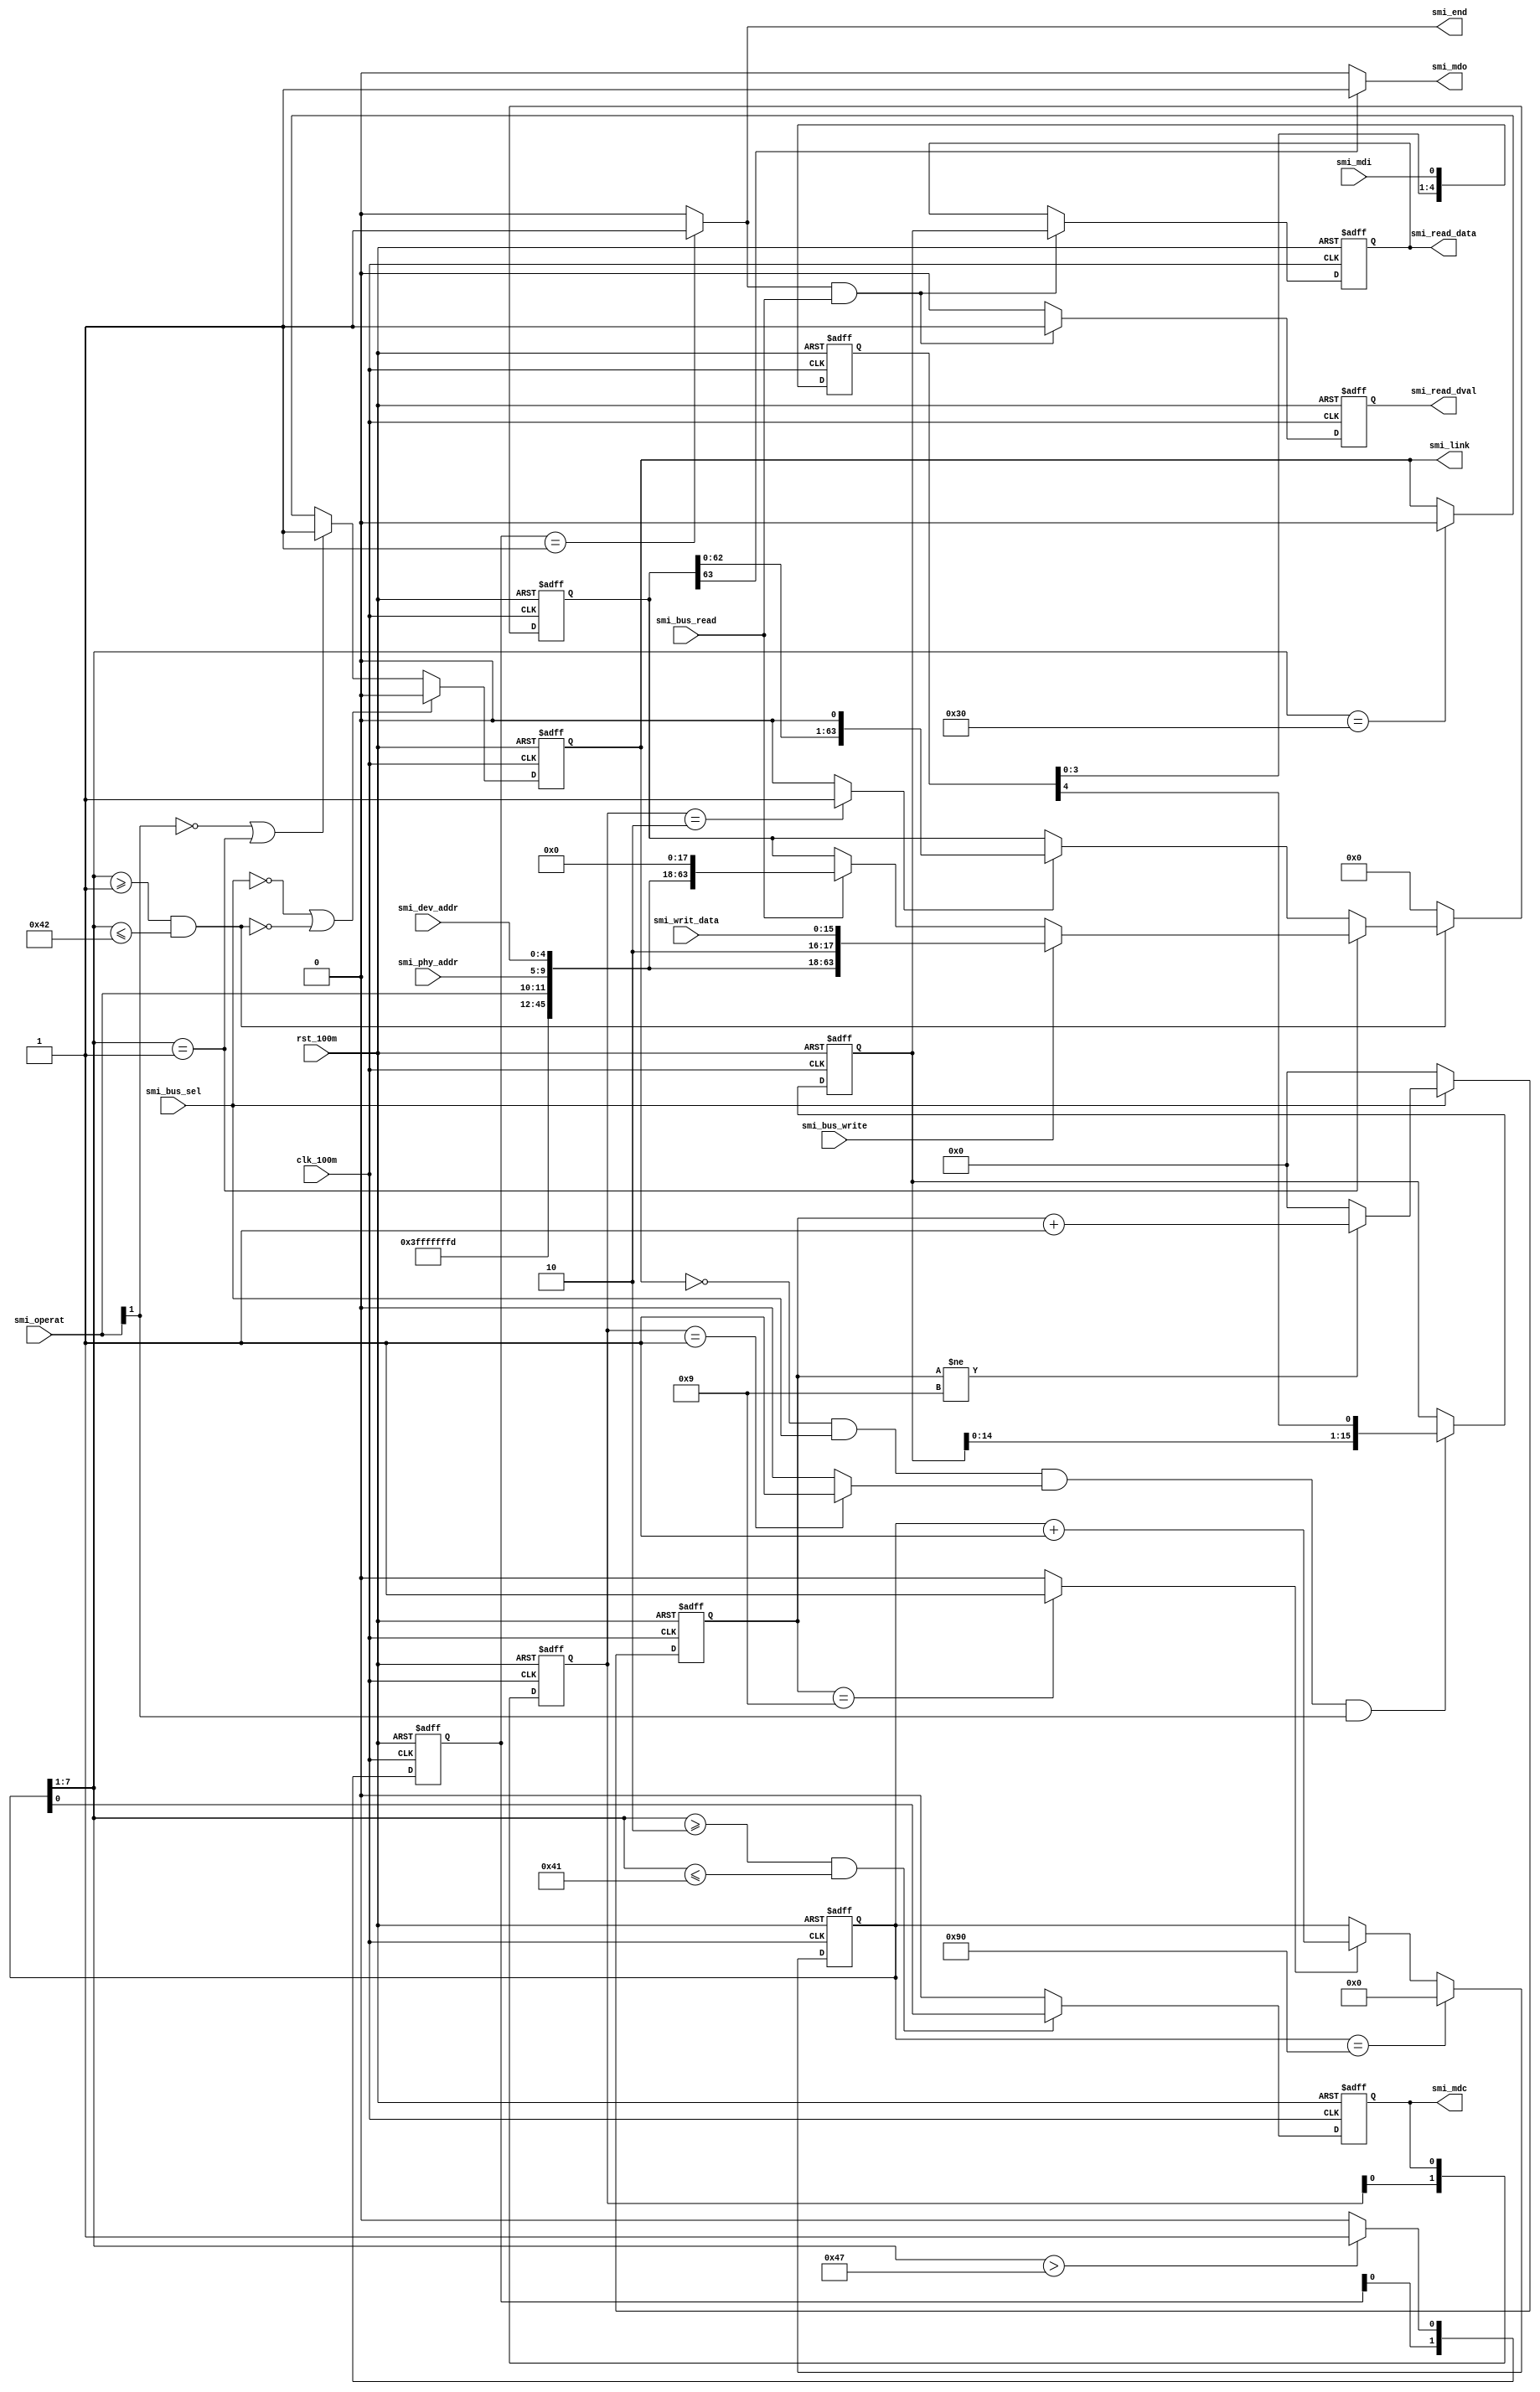
// +FHDR***********************************************************************
// Copyright        :   GalaxyWind.
// Confidential     :   I LEVEL
// ============================================================================
// DEPARTMENT       :   R&D
// AUTHOR'S EMAIL   :   trui_light@sina.com
// AUTHOR'S TEL     :   
// ============================================================================
// RELEASE  HISTORY     -------------------------------------------------------
// VERSION  DATE        AUTHOR      DESCRIPTION
// 1.0      2012-08-10  TangRui     Original Verison
// ============================================================================
// KEYWORDS         :   N/A
// ----------------------------------------------------------------------------
// PURPOSE          :   
// ----------------------------------------------------------------------------
// PARAMETERS           -------------------------------------------------------
// PARAM NAME           RANGE           DESCRIPTION
// N/A                                  (No need to set)
// ============================================================================
// REUSE ISSUES
// Reset Strategy   :   Async clear,active high
// Clock Domains    :   clk_100m
// Critical TiminG  :   N/A
// Instantiations   :   N/A
// Synthesizable    :   N/A
// Others           :   N/A
// -FHDR***********************************************************************
//`include "DEFINES.v"
module  SMI
    (
    
input       wire                clk_100m        ,  
input       wire                rst_100m        ,
                                                
input       wire                smi_bus_read    ,
input       wire                smi_bus_write   ,
input       wire                smi_bus_sel     ,
                                                                                    
input       wire                smi_mdi         ,
output      wire                smi_mdo         ,
output      reg                 smi_mdc         ,   
output      reg                 smi_link        ,

output      wire                smi_end         ,

input       wire    [1:0]       smi_operat      ,                                
input       wire    [4:0]       smi_phy_addr    ,
input       wire    [4:0]       smi_dev_addr    ,
input       wire    [15:0]      smi_writ_data   ,
output      reg     [15:0]      smi_read_data   ,
output      reg                 smi_read_dval   

    );
    
/**************************************************************************************/

parameter           DIV_WORTH   =   7'd9       ;
parameter           TRBF_WIDTH  =   64         ;
                    
parameter           MAXSCLKCNT  =   (TRBF_WIDTH + 8)*2;
    
/**************************************************************************************/

reg                 [6:0]       div_cnt         ;  
reg                 [7:0]       smi_mdc_cnt     ;

reg                 [1:0]       smi_mdc_dly     ;
//reg               [1:0]       ssel_pro_dly    ;
reg                 [1:0]       busop_end_dly   ;

reg                 [63:0]      smi_writ_temp   ;
reg                 [15:0]      smi_rdata_tmp   ;
reg                 [4:0]       smi_mdi_dly     ;

wire                            div_clk         ;
wire                            sclk_pro        ;
wire                            ssel_pro        ;
wire                            busop_end       ;
wire                            smi_mdc_ring    ;
wire                            smi_mdc_fall    ;
//wire                          ssel_pro_fall   ;

/**************************************************************************************/

always @( posedge clk_100m or posedge rst_100m ) begin
    if( rst_100m == 1'b1 ) begin
        div_cnt     <=    7'h00 ;     
    end
    else if( smi_bus_sel == 1'b0 ) begin
        div_cnt     <=    7'h00 ; 
    end
    else if( div_cnt != DIV_WORTH) begin
        div_cnt     <=    div_cnt + 1'b1 ;
    end 
    else begin
        div_cnt     <=    7'h00 ;   
    end
end

assign  div_clk =   div_cnt == DIV_WORTH ? 1'b1 : 1'b0 ;

/**************************************************************************************/

always @( posedge clk_100m or posedge rst_100m ) begin
    if( rst_100m == 1'b1 ) begin
        smi_mdi_dly     <=  5'b00000 ;     
    end
    else begin
        smi_mdi_dly     <=  {smi_mdi_dly[3:0],smi_mdi} ;
    end 
end

always @( posedge clk_100m or posedge rst_100m ) begin
    if( rst_100m == 1'b1 ) begin
        smi_mdc_cnt <=   8'h00 ;    
    end
    else if( smi_mdc_cnt == MAXSCLKCNT ) begin
        smi_mdc_cnt <=   8'h00 ;
    end 
    else if( div_clk == 1'b1 ) begin
        smi_mdc_cnt <=   smi_mdc_cnt + 1'b1 ;    
    end
end

assign  sclk_pro    =   (smi_mdc_cnt[7:1] >= 2) && (smi_mdc_cnt[7:1] <= (TRBF_WIDTH + 1));
assign  ssel_pro    =   (smi_mdc_cnt[7:1] >= 1) && (smi_mdc_cnt[7:1] <= (TRBF_WIDTH + 2));
assign  busop_end   =   (smi_mdc_cnt[7:1] > (TRBF_WIDTH + 7)) ? 1'b1 : 1'b0 ;

/**************************************************************************************/

always @( posedge clk_100m or posedge rst_100m ) begin
    if( rst_100m == 1'b1 ) begin
        busop_end_dly   <=   2'b00 ;     
    end
    else begin
        busop_end_dly   <=   {busop_end_dly[0],busop_end};
    end 
end

assign  smi_end     =   busop_end_dly == 2'b01 ? 1'b1 : 1'b0 ;

/**************************************************************************************/

always @( posedge clk_100m or posedge rst_100m ) begin
    if( rst_100m == 1'b1 ) begin
        smi_mdc     <=   1'b0 ;     
    end
    else if( sclk_pro == 1'b1 ) begin
        smi_mdc     <=   smi_mdc_cnt[0] ;
    end 
    else begin
        smi_mdc     <=   1'b0 ; 
    end
end

always @( posedge clk_100m or posedge rst_100m ) begin
    if( rst_100m == 1'b1 ) begin
        smi_mdc_dly <=   2'b00 ;
    end
    else begin
        smi_mdc_dly <=   {smi_mdc_dly[0],smi_mdc} ;
    end
end

assign  smi_mdc_ring    =   smi_mdc_dly == 2'b01 ? 1'b1 : 1'b0 ;
assign  smi_mdc_fall    =   smi_mdc_dly == 2'b10 ? 1'b1 : 1'b0 ;

/**************************************************************************************/

always @( posedge clk_100m or posedge rst_100m ) begin
    if( rst_100m == 1'b1 ) begin
        smi_writ_temp   <=   64'h00 ;     
    end
    else if( ssel_pro == 1'b1 ) begin
        if( smi_mdc_cnt[7:1] == 7'h01 ) begin
            if( smi_bus_write == 1'b1 ) begin
                smi_writ_temp   <=   {32'hFFFFFFFF,2'b01,smi_operat,smi_phy_addr,smi_dev_addr,2'b10,smi_writ_data};     
            end
            else if( smi_bus_read == 1'b1 ) begin
                smi_writ_temp   <=   {32'hFFFFFFFF,2'b01,smi_operat,smi_phy_addr,smi_dev_addr,2'b00,16'h00};  
            end
        end
        else if( smi_mdc_fall == 1'b1 ) begin
            smi_writ_temp   <=   smi_writ_temp << 1 ;
        end
    end 
    else begin
        smi_writ_temp   <=   64'h00 ;        
    end
end

assign  smi_mdo = smi_writ_temp[63] == 1'b1 ? 1'b1 : 1'b0 ;

/**************************************************************************************/

always @( posedge clk_100m or posedge rst_100m ) begin
    if( rst_100m == 1'b1 ) begin
        smi_link    <=   1'b0 ; 
    end
    else if( smi_bus_sel == 1'b0 || ssel_pro == 1'b0 ) begin 
        smi_link    <=   1'b0 ; 
    end
    else if( (smi_operat[1] == 1'b0 || smi_mdc_cnt[7:1] == 7'h01) ) begin
        smi_link    <=   1'b1 ;  
    end
    else if( smi_mdc_cnt[7:1] == 7'd48 ) begin
        smi_link    <=   1'b0 ;
    end 
end

/**************************************************************************************/

always @( posedge clk_100m or posedge rst_100m ) begin
    if( rst_100m == 1'b1 ) begin
        smi_rdata_tmp   <=   16'h00 ;        
    end
    else if( smi_link == 1'b0 && smi_bus_sel == 1'b1 && 
             smi_mdc_ring == 1'b1 && smi_operat[1] == 1'b1 ) begin
        smi_rdata_tmp   <=   { smi_rdata_tmp[14:0],smi_mdi_dly[4]} ;
    end 
end

//always @( posedge clk_100m or posedge rst_100m ) begin
//    if( rst_100m == 1'b1 ) begin
//        ssel_pro_dly   <=  `U_DLY 2'b00 ;     
//    end
//    else begin
//        ssel_pro_dly   <=  `U_DLY {ssel_pro_dly[0],ssel_pro} ;
//    end 
//end

//assign  ssel_pro_fall   =   ssel_pro_dly == 2'b10 ? 1'b1 : 1'b0 ;

always @( posedge clk_100m or posedge rst_100m ) begin
    if( rst_100m == 1'b1 ) begin
        smi_read_dval   <=   1'b0 ; 
    end
    else if( smi_end == 1'b1 && smi_bus_read == 1'b1 ) begin
        smi_read_dval   <=   1'b1 ;
    end 
    else begin
        smi_read_dval   <=   1'b0 ;  
    end
end

/**************************************************************************************/

always @( posedge clk_100m or posedge rst_100m ) begin
    if( rst_100m == 1'b1 ) begin
        smi_read_data   <=   16'h00 ;    
    end
    else if( smi_end == 1'b1 && smi_bus_read == 1'b1 ) begin
        smi_read_data   <=   smi_rdata_tmp ;
    end 
end

/**************************************************************************************/

endmodule